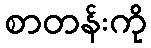
စာတန်းကို